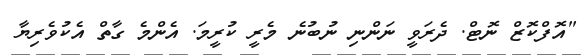
"އޮފްކޮޒް ނޮޓް. ދެރަވީ ނަންނި ނުބުނެ މެރީ ކުރީމަ. އެންމެ ގާތް އެކުވެރިޔާ